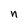
Character: n